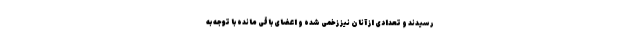
رسیدند و تعدادی از آنان نیز زخمی شده و اعضای باقی مانده با توجه به